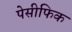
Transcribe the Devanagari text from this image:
पेसीफिक